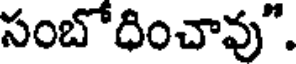
సంబోధించావు".